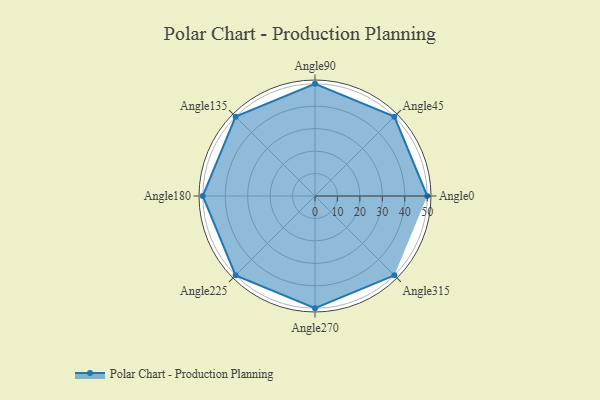
{"axis": {"x": "Angle", "y": "Radius"}, "legend": [""], "data": [{"x": "Angle0", "y": 50.0, "type": ""}, {"x": "Angle45", "y": 50, "type": ""}, {"x": "Angle90", "y": 50, "type": ""}, {"x": "Angle135", "y": 50, "type": ""}, {"x": "Angle180", "y": 50, "type": ""}, {"x": "Angle225", "y": 50, "type": ""}, {"x": "Angle270", "y": 50, "type": ""}, {"x": "Angle315", "y": 50, "type": ""}]}